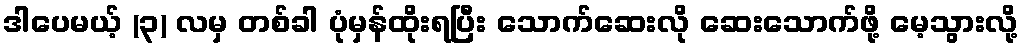
ဒါပေမယ့် (၃) လမှ တစ်ခါ ပုံမှန်ထိုးရပြီး သောက်ဆေးလို ဆေးသောက်ဖို့ မေ့သွားလို့